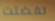
تفضلت